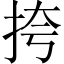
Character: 挎